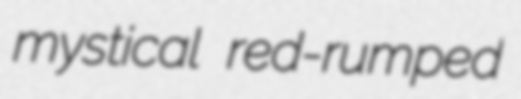
mystical red-rumped